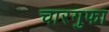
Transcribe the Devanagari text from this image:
चारगुफा